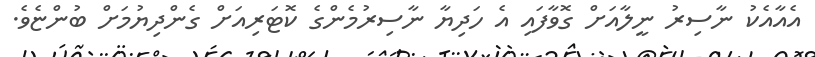
އެއާއެކު ނާސިރު ނީލާއަށް ގޮވާފައި އެ ހަދިޔާ ނާސިރުމެންގެ ކޮޓަރިއަށް ގެންދިޔުމަށް ބުންޏެވެ.